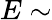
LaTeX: E\sim